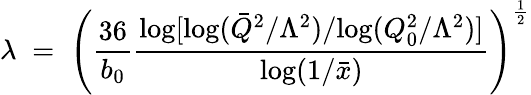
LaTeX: \lambda\; =\; \left(\frac{36}{b_{0}}\frac{\mathrm{log}[\mathrm{log}(\bar{Q}^{2}/\Lambda^{2})/\mathrm{log}(Q_{0}^{2}/\Lambda^{2})]}{\mathrm{log}(1/\bar{x})}\right)^{\frac{1}{2}}